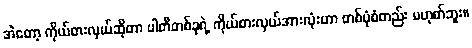
အဲတော့ ကိုယ်စားလှယ်ဆိုတာ ပါတီတစ်ခုရဲ့ ကိုယ်စားလှယ်အားလုံးဟာ တစ်ပုံစံတည်း မဟုတ်ဘူး။